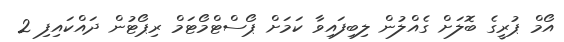
އޯމް ޕުރީގެ ބޮލަށް ގެއްލުން ލިބިފައިވާ ކަމަށް ޕޯސްޓްމޯޓަމް ރިޕޯޓުން ދައްކައިފި 2